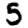
Digit: 5